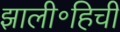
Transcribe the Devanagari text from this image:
झाली॰हिची